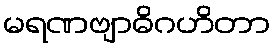
မရဏဗျာဓိဂဟိတာ